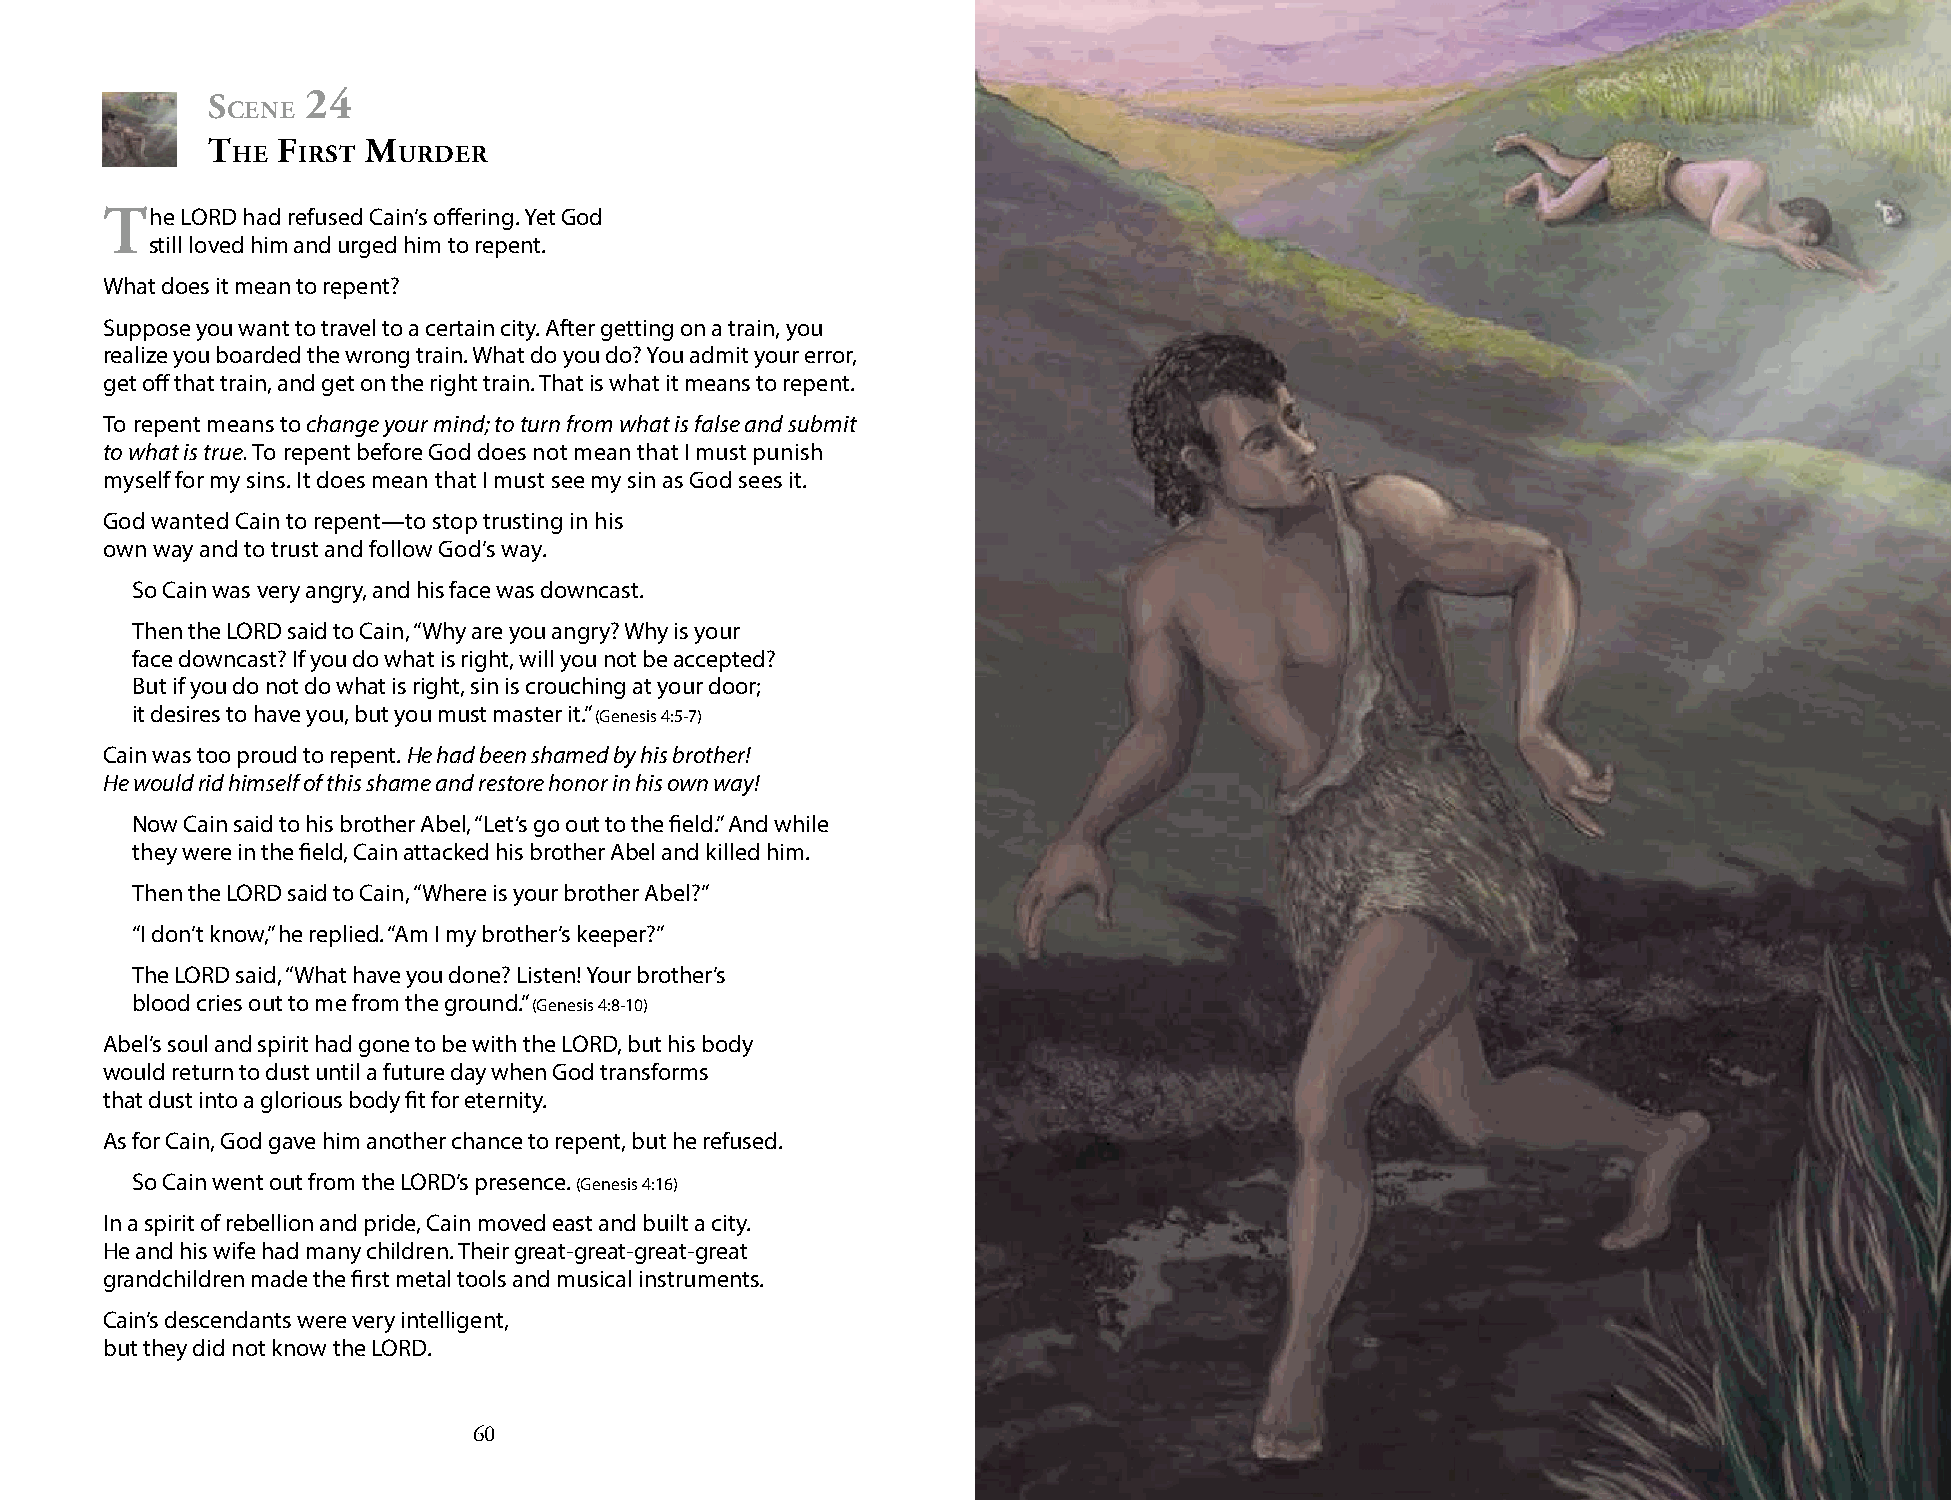
s     24
 cene
 t   f     m
 he   irst  urder
 the  LORD had refused Cain’s offering. Yet God
 still loved him and urged him to repent.
 What does it mean to repent?
 Suppose you want to travel to a certain city. After getting on a train, you
 realize you boarded the wrong train. What do you do? You admit your error,
 get off that train, and get on the right train. That is what it means to repent.
 To repent means to change your mind; to turn from what is false and submit
 to what is true. To repent before God does not mean that I must punish
 myself for my sins. It does mean that I must see my sin as God sees it.
 God wanted Cain to repent—to stop trusting in his
 own way and to trust and follow God’s way.
 So Cain was very angry, and his face was downcast.
 Then the LORD said to Cain, “Why are you angry? Why is your
 face downcast? If you do what is right, will you not be accepted?
 But if you do not do what is right, sin is crouching at your door;
 it desires to have you, but you must master it.” (Genesis 4:5-7)
 Cain was too proud to repent. He had been shamed by his brother!
 He would rid himself of this shame and restore honor in his own way!
 Now Cain said to his brother Abel, “Let’s go out to the field.” And while
 they were in the field, Cain attacked his brother Abel and killed him.
 Then the LORD said to Cain, “Where is your brother Abel?”
 “I don’t know,” he replied. “Am I my brother’s keeper?”
 The LORD said, “What have you done? Listen! Your brother’s
 blood cries out to me from the ground.” (Genesis 4:8-10)
 Abel’s soul and spirit had gone to be with the LORD, but his body
 would return to dust until a future day when God transforms
 that dust into a glorious body fit for eternity.
 As for Cain, God gave him another chance to repent, but he refused.
 So Cain went out from the LORD’s presence. (Genesis 4:16)
 In a spirit of rebellion and pride, Cain moved east and built a city.
 He and his wife had many children. Their great-great-great-great
 grandchildren made the first metal tools and musical instruments.
 Cain’s descendants were very intelligent,
 but they did not know the LORD.
 60